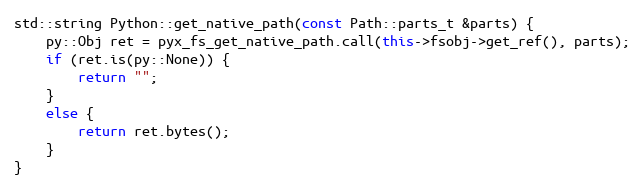
Language: C++
std::string Python::get_native_path(const Path::parts_t &parts) {
	py::Obj ret = pyx_fs_get_native_path.call(this->fsobj->get_ref(), parts);
	if (ret.is(py::None)) {
		return "";
	}
	else {
		return ret.bytes();
	}
}